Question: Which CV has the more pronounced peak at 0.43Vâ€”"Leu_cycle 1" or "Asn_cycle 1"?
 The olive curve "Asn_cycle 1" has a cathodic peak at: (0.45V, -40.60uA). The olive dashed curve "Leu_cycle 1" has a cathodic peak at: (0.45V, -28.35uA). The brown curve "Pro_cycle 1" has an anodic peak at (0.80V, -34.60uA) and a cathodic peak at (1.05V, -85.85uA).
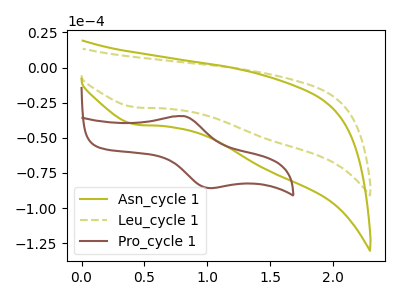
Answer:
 <answer>The peak at 0.43V is lower in "Leu_cycle 1" than in "Asn_cycle 1".</answer>
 <eval>lower</eval>